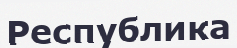
Республика